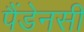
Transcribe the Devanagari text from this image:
पैंडेनसी